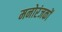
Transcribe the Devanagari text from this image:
मनोरंजकों